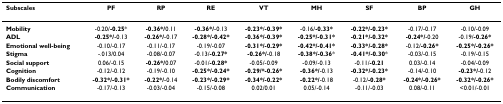
| Subscales | PF | RP | RE | VT | MH | SF | BP | GH |
 | --- | --- | --- | --- | --- | --- | --- | --- | --- |
 | Mobility | -0.20/-0.25* | -0.36*/0.11 | -0.36*/-0.13 | -0.23*/-0.39* | -0.16/-0.33* | -0.22*/-0.23* | -0.17/-0.17 | -0.10/-0.09 |
 | ADL | -0.25*/-0.13 | -0.26*/-0.17 | -0.28*/-0.42* | -0.36*/-0.39* | -0.25*/-0.31* | -0.21*/-0.32* | -0.24*/-0.20 | -0.19/-0.26* |
 | Emotional well-being | -0.10/-0.17 | -0.11/-0.17 | -0.19/-0.07 | -0.31*/-0.29* | -0.42*/-0.41* | -0.33*/-0.28* | -0.12/-0.26* | -0.25*/-0.26* |
 | Stigma | -.013/0.04 | -0.08/-0.07 | -0.13/-0.27* | -0.26*/-0.18 | -0.38*/-0.36* | -0.41*/-0.30* | -0.03/-0.15 | -0.19/-0.15 |
 | Social support | 0.06/-0.15 | -0.26*/0.07 | -0.01/-0.28* | -0.05/-0.09 | -0.09/-0.13 | -0.11/-0.21 | 0.03/-0.14 | -0.04/-0.09 |
 | Cognition | -0.12/-0.12 | -0.19/-0.10 | -0.25*/-0.24* | -0.29/*-0.26* | -0.36*/-0.13 | -0.32*/-0.23* | -0.14/-0.10 | -0.23*/-0.12 |
 | Bodily discomfort | -0.32*/-0.31* | -0.22*/-0.14 | -0.23*/-0.29* | -0.34*/-0.22* | -0.22*/-0.18 | -0.12/-0.28* | -0.24*/-0.26* | -0.32*/-0.26* |
 | Communication | -0.17/-0.13 | -0.03/-0.04 | -0.15/-0.08 | 0.02/0.01 | 0.05/-0.14 | -0.11/-0.03 | 0.08/-0.11 | <0.01/-0.01 |